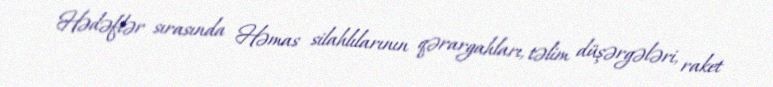
Hədəflər sırasında Həmas silahlılarının qərargahları, təlim düşərgələri, raket